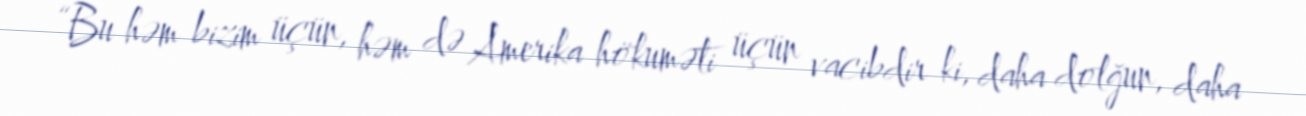
“Bu həm bizim üçün, həm də Amerika hökuməti üçün vacibdir ki, daha dolğun, daha